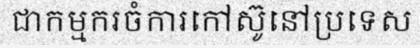
ជាកម្មករចំការកៅស៊ូនៅប្រទេស